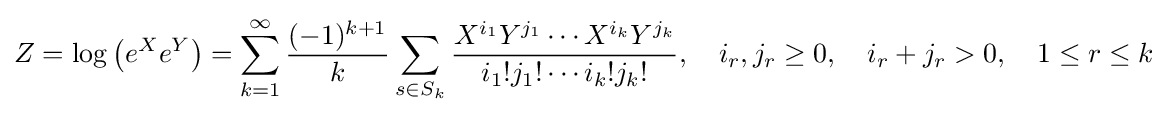
Z=\log \left(e^{X}e^{Y}\right)=\sum _{k=1}^{\infty }{\frac {(-1)^{k+1}}{k}}\sum _{s\in S_{k}}{\frac {X^{i_{1}}Y^{j_{1}}\cdots X^{i_{k}}Y^{j_{k}}}{i_{1}!j_{1}!\cdots i_{k}!j_{k}!}},\quad i_{r},j_{r}\geq 0,\quad i_{r}+j_{r}>0,\quad 1\leq r\leq k